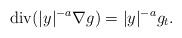
LaTeX: \begin{align*}\operatorname{div}( |y|^{-a} \nabla g)= |y|^{-a} g_t.\end{align*}